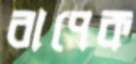
বাপেক